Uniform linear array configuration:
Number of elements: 48
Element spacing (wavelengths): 0.25
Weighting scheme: cosine
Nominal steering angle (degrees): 0
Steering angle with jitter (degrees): -0.259
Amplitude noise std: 0.05
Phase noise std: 0.05

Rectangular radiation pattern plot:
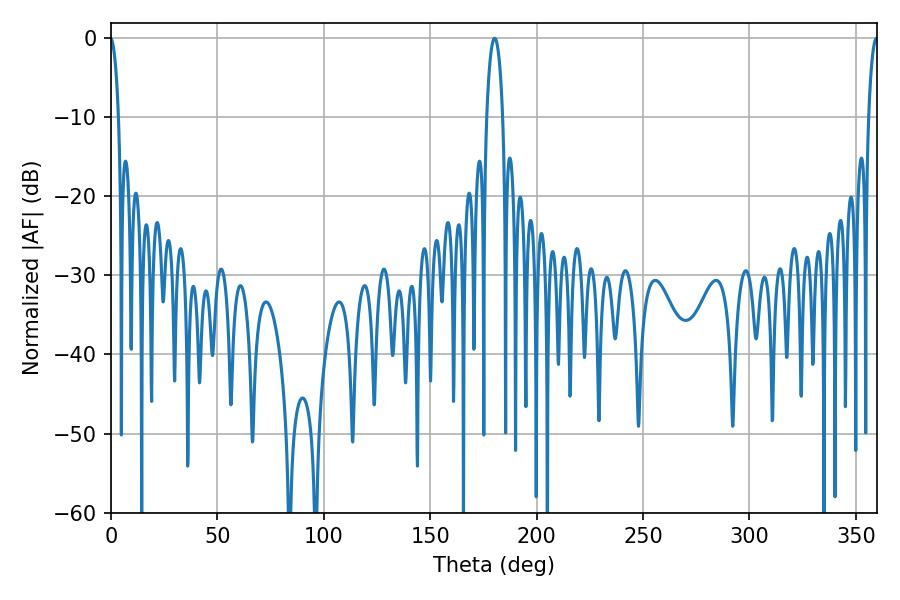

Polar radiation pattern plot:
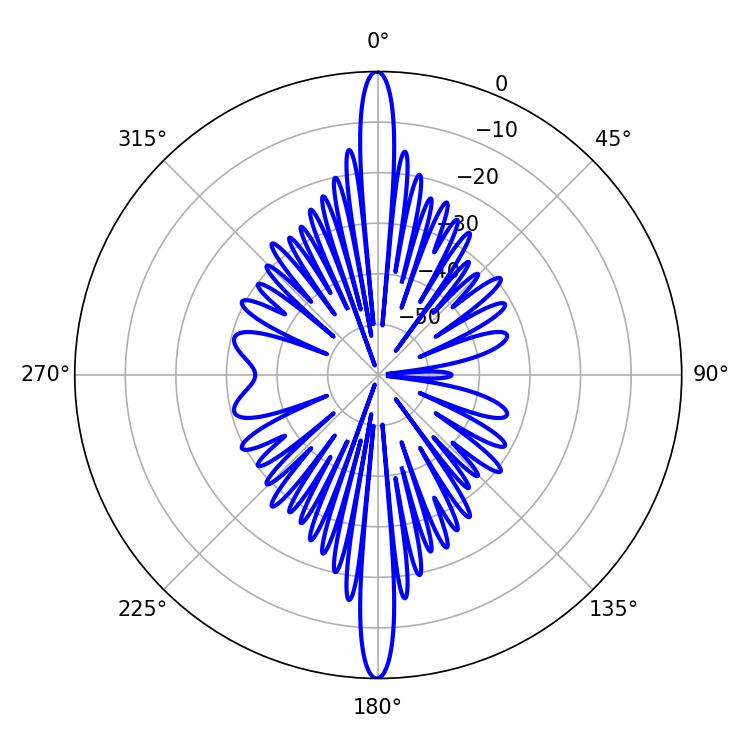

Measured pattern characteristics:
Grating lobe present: FALSE
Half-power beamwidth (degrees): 4.14
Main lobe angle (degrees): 180.36